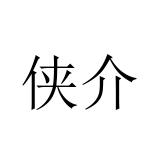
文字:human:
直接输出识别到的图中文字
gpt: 侠介